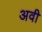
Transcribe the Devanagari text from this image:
अवी